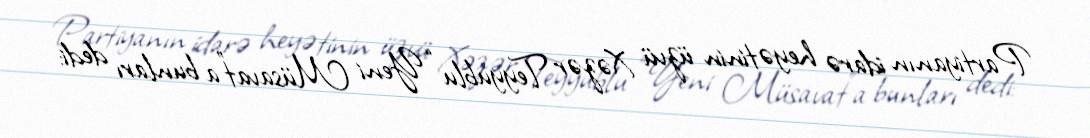
Partiyanın idarə heyətinin üzvü Xəzər Teyyublu “Yeni Müsavat”a bunları dedi: